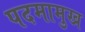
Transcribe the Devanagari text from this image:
पदमामुख